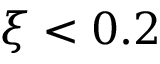
\xi < 0 . 2